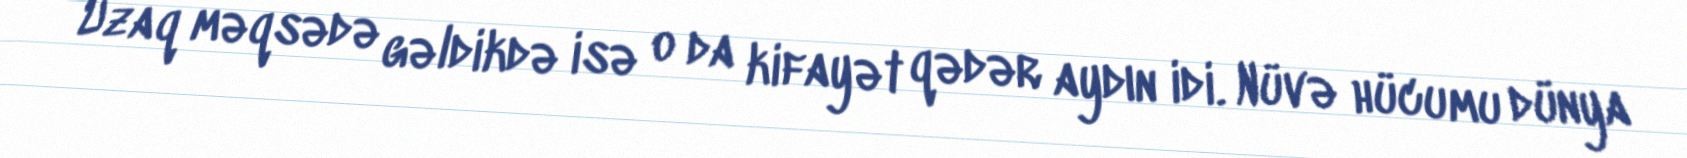
Uzaq məqsədə gəldikdə isə o da kifayət qədər aydın idi. Nüvə hücumu dünya